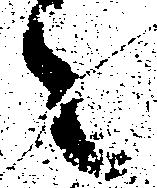
々